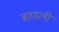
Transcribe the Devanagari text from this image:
बाणली